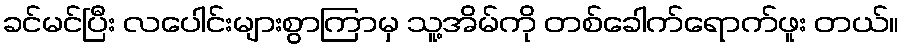
ခင်မင်ပြီး လပေါင်းများစွာကြာမှ သူ့အိမ်ကို တစ်ခေါက်ရောက်ဖူး တယ်။